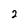
Character: 2